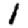
Digit: 1